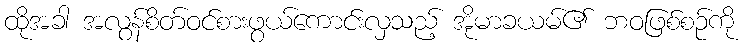
ထိုအခါ အလွန်စိတ်ဝင်စားဖွယ်ကောင်းလှသည့် အိုမာခယမ်၏ ဘဝဖြစ်စဉ်ကို